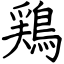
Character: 鶏